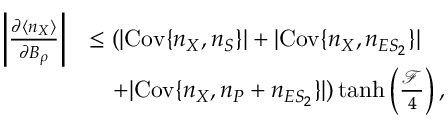
\begin{array} { r l } { \left| \frac { \partial \langle n _ { X } \rangle } { \partial B _ { \rho } } \right| } & { \leq ( | \mathrm { C o v } \{ n _ { X } , n _ { S } \} | + | \mathrm { C o v } \{ n _ { X } , n _ { E S _ { 2 } } \} | } \\ & { ~ ~ ~ + | \mathrm { C o v } \{ n _ { X } , n _ { P } + n _ { E S _ { 2 } } \} | ) \operatorname { t a n h } \left( \frac { \mathcal { F } } { 4 } \right) , } \end{array}